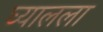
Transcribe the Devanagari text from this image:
घ्यालला